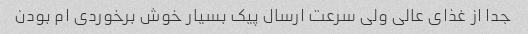
جدا از غذای عالی ولی سرعت ارسال پیک بسیار خوش برخوردی ام بودن